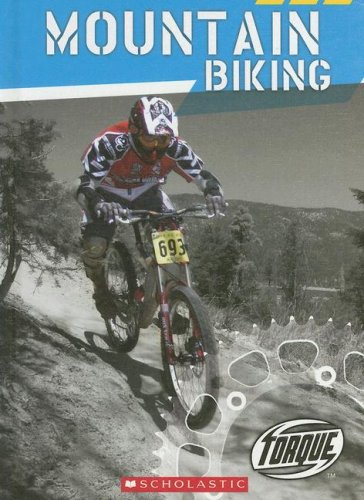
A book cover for Mountain Biking (Torque: Action Sports); Hollie J. Endres; Children's Books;